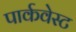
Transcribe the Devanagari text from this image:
पार्कवेस्ट